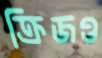
ক্রিজও